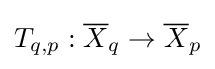
T_{q,p}:{\overline {X}}_{q}\to {\overline {X}}_{p}